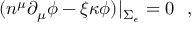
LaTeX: ( n ^ { \mu } \partial _ { \mu } \phi - \xi \kappa \phi ) | _ { \Sigma _ { \epsilon } } = 0 ~ ~ ,